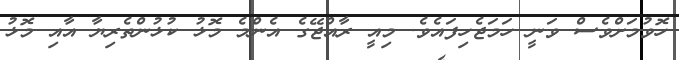
ހޮވުމަށްވެސް ވަނީ ހަމަޖެހިފައެވެ. މިއީ ރާއްޖޭގެ އެންމެ މޮޅު ކުޅުންތެރިޔާ އާއި މޮޅު